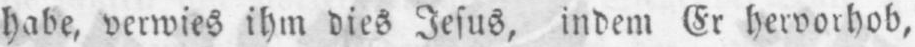
habe, verwies ihm dies Jesus, indem Er hervorhob,